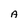
Character: A